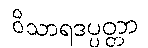
ဝိသာရဒပ္ပတ္တာ